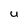
Character: U